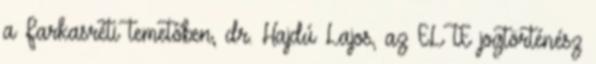
a Farkasréti temetőben, dr. Hajdú Lajos, az ELTE jogtörténész